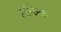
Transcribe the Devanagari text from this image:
राफिक